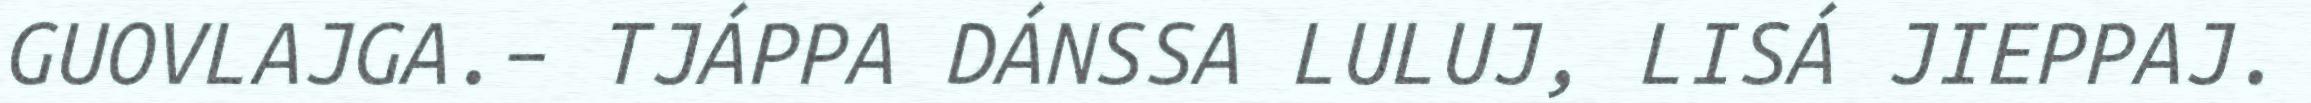
GUOVLAJGA.– TJÁPPA DÁNSSA LULUJ, LISÁ JIEPPAJ.